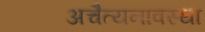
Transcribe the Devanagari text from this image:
अचैत्यनावस्था